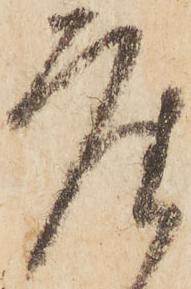
座